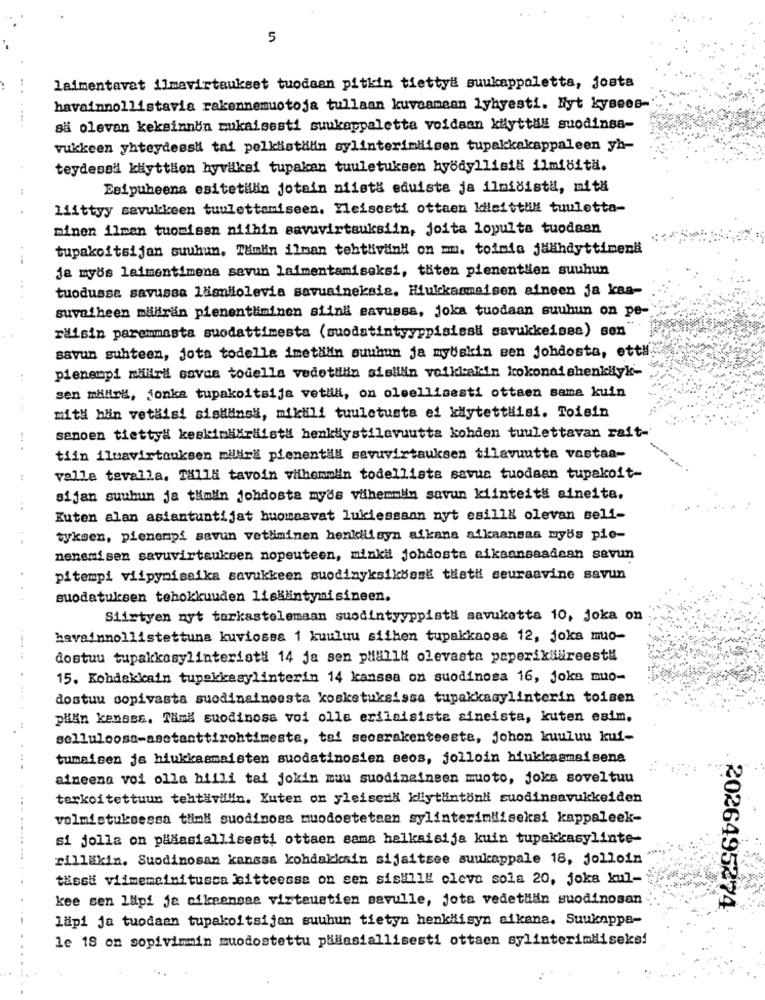
5
laimentavat ilmevirtaukset tuodaan pitkin tietty# suukappaletta, josta
havainnollistavia rakennemuotoja tullaan kuvaamaan lyhyesti. Nyt kysees-
.. .
så olevan keksinnon mukaisesti suukappaletta voidaan kilyttal suodinsa-
vukkeen yhteydessä tai pelklistalin sylinterimiisen tupakkakappaleen yh-
teydessä käyttäen hyväksi tupakan tuuletuksen hyödyllisid ilmiöitä.
Esipuheena esitetilan jotain niist& eduista ja ilmidista, mith
liittyy tavukkeen tuulettamiseen. Yleisceti ottaen kilsittul tuuletta-
minen ilmen tuomisan niihin savuvirtauksiin, joita lopulta tuodaen
tupakoltsijan suuhun. Tamlin ilman tehtlivin" on mm. toimia jäähdyttimena
je myös laimentimena savun laimentamiseksi, täten pienentien suuhun
tuodusse savussa lasnãolevia savuaineksie. Hiukkasmaisen aineen ja kaa-
suyatheen mifran pienentuminen siini eavussa, joka tuodaan suuhun on pe-
raisin paremmasta suodattimesta (suodatintyyppisissa savukkeissa) sen"
savun suhteen, jota todella imetalin suuhun ja myskin een johdosta, ettl
pienempi milira savas todella vedettiin sisiilin veikkakin kokonaishenkilyk-
..
sen milirk, jonka tupakoltsija vetlla, on oleellisesti ottaen sama kuin
mith hin vetäisi sistainsä, mikili tuuletusta ei kiytettäisi. Toiein
senoen tietty# keskimääräistd henkdystilavuutta kohden tuulettavan rait-
.. .
tiin iluavirtouksen millira pienentil sevuvirtauksen tilavuutta vostaa-
:
valle tavalla. Talla tavoin vithemolin todellista savus tuodaan tupakoit-
sijan suuhun ja tamin johdosta myds vihemmlin savun kiinteitä aineita.
Kuten alan asiantuntijat buomaavat lukiessaan nyt esill& olevan self-
tyksen, pienempi savun vetliminen henidiisyn aikana aikaansaa myös pie-
nenemisen savuvirtauksen nopeuteen, minki johdosta aikaansaadean savun
pitempi viipymiseika savukkeen suodinyksikbose thett seuraavine savun
suodatuksen tehokkuuden lisääintymisineen.
Siirtyen nyt tarkastelemaan suodintyyppisti savuketta 10, Joka on
havainnollistettuna kuviosea 1 kuuluu siihen tupakkaosa 12, joka muo-
dostuu tupakkasylinteriat# 14 ja sen pualla olevasta paperikiäreest#
15. Kohdakkain tupakkeaylinterin 14 kanssa on suodinosa 16, joka muo-
dostuu sopivasta suodinsineesta kosketuksissa tupakkasylinterin toisen
plan kenass. Tämä suodinose voi olle erilaisiste sineista, kuten esim.
selluloosa-asetanttirohtimeste, tai seosrakenteeste, johon kuuluu kuf-
tumaisen ja hiukkasmaisten suodatinosien seos, jolloin hiukkasmaisene
aineena voi olla hiili tai jokin muu suodinainsen muoto, joka soveltuu
terkoitettuun tehtävilln. Yuten or yleiserx kllytlintondi suodinsavukkeiden
volmistuksessa timi suodinosa muodoetetsen sylinterimiiseksi kappaleek-
si jolla on pääasiallisesti ottaen sama halkaisija kuin tupekkasylinte-
rillakin. Suodinosan kansss kohdakkain sijaitsee suukappale 18, jolloin
tissu viimencinitusca sitteesse on sen siskill clevo sola 20, joka kul-
kee sen lapi ja cikeensae virteustien savulle, jota vedetlan suodinosan
2026495274
lapi ja tuodaen tupakoltsijan suuhun tietyn henkhisyn aikana. Suukonppa-
le 18 on sopivimmin muodostettu pääasiallisesti ottaen sylinterimiiseks!